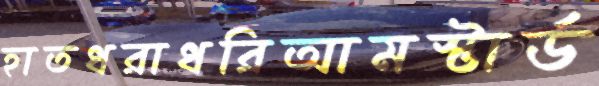
হাতধরাধরিআমস্টার্ড